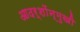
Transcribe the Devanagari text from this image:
आदर्शोंन्मुखी